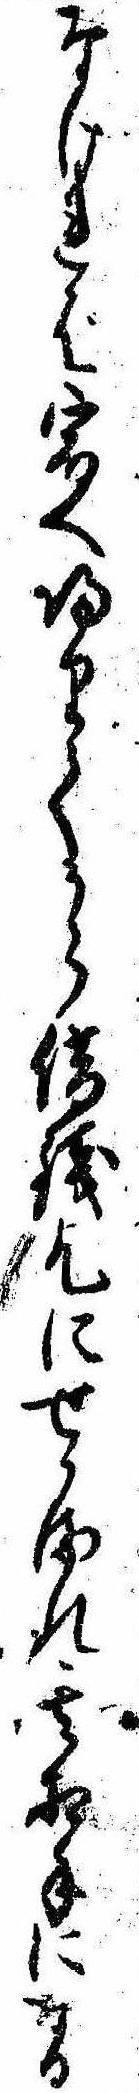
なければ宿へ帰りてから借銭乞にせかまれ其相手になる